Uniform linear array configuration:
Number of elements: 24
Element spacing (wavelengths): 0.75
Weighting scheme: exponential
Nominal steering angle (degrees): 45
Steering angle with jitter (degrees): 44.33
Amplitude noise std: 0.05
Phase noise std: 0.05

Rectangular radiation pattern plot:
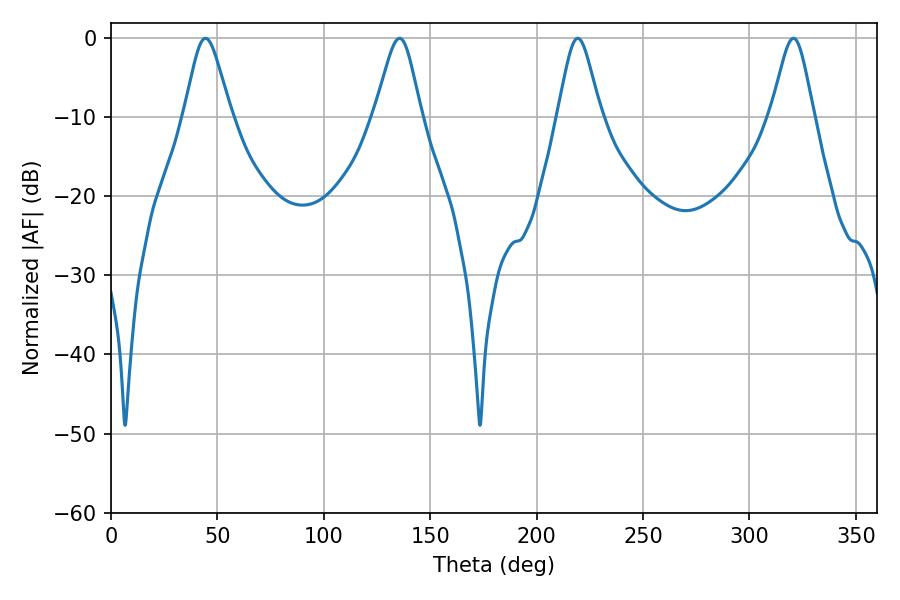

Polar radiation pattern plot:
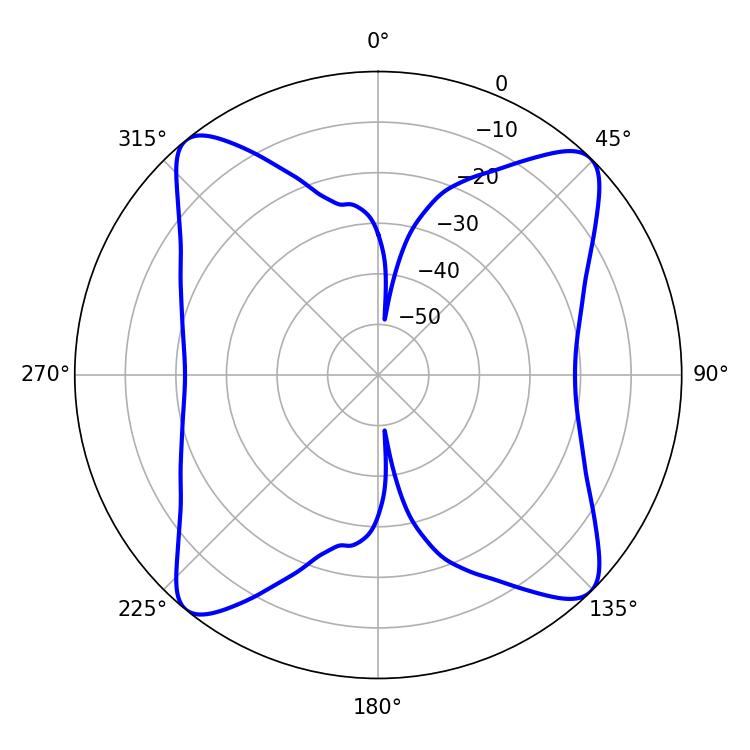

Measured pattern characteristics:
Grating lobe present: TRUE
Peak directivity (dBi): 16.016
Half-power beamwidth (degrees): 10.62
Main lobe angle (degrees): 44.46